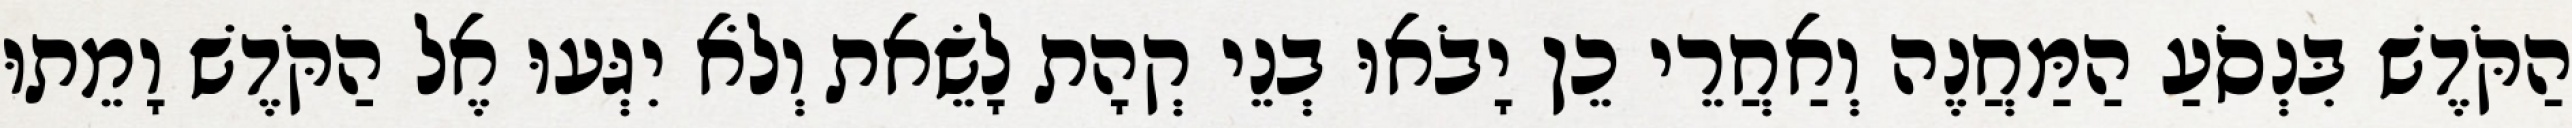
הַקֹּדֶשׁ בִּנְסֹעַ הַמַּחֲנֶה וְאַחֲרֵי כֵן יָבֹאוּ בְנֵי קְהָת לָשֵׂאת וְלֹא יִגְּעוּ אֶל הַקֹּדֶשׁ וָמֵתוּ